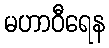
မဟာဝီရေန